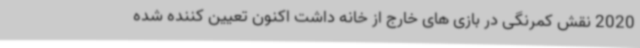
2020 نقش کمرنگی در بازی های خارج از خانه داشت اکنون تعیین کننده شده